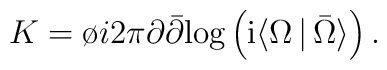
K= \o{i}{2\pi} \partial \bar \partial \mbox{log}\left ({\rm i}\langle \Omega \, \vert \, \bar \Omega\rangle \right ).